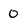
Character: 0